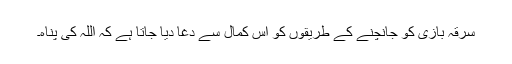
سرقہ بازی کو جانچنے کے طریقوں کو اس کمال سے دغا دیا جاتا ہے کہ اللہ کی پناہ۔